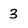
Character: 3